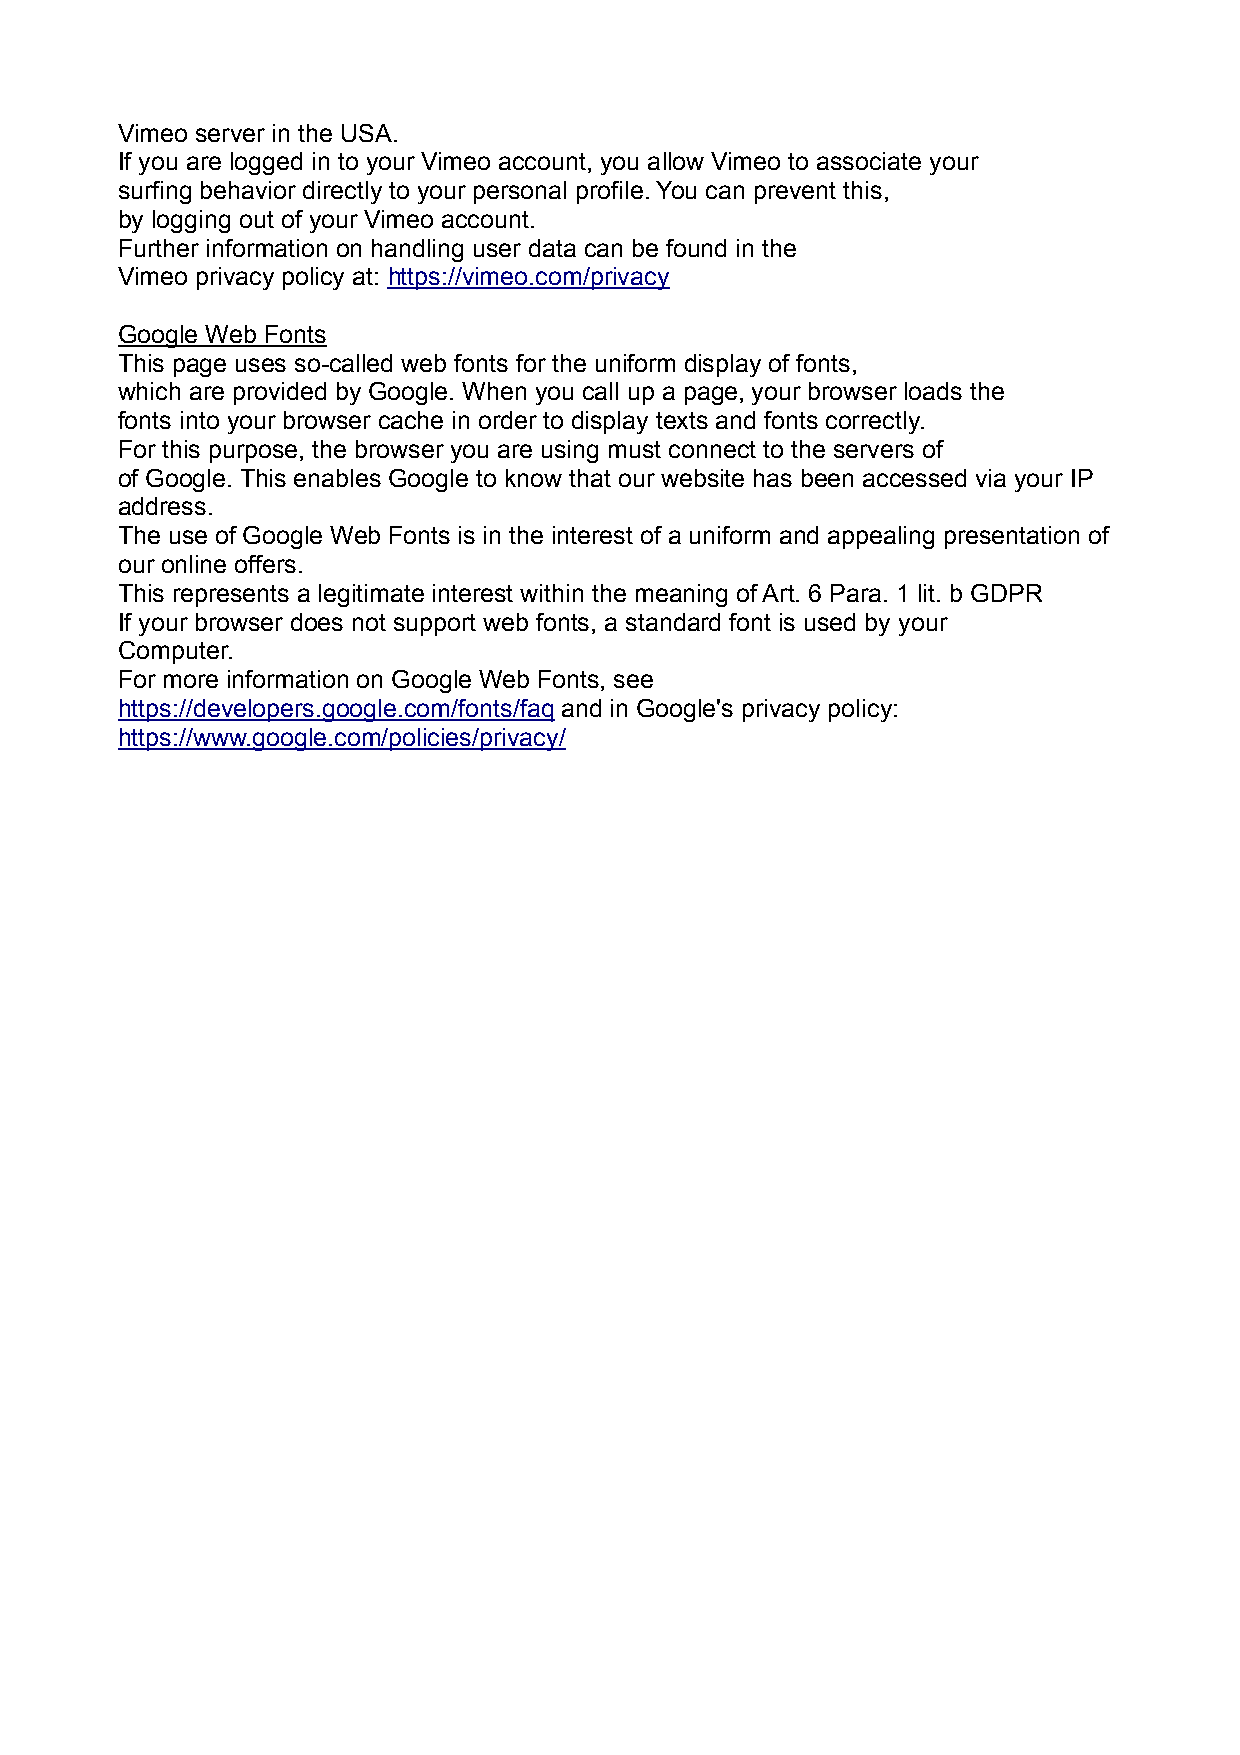
Vimeo server in the USA.
 If you are logged in to your Vimeo account, you allow Vimeo to associate your
 surfing behavior directly to your personal profile. You can prevent this,
 by logging out of your Vimeo account.
 Further information on handling user data can be found in the
 Vimeo privacy policy at: https://vimeo.com/privacy
 Google Web Fonts
 This page uses so-called web fonts for the uniform display of fonts,
 which are provided by Google. When you call up a page, your browser loads the
 fonts into your browser cache in order to display texts and fonts correctly.
 For this purpose, the browser you are using must connect to the servers of
 of Google. This enables Google to know that our website has been accessed via your IP
 address.
 The use of Google Web Fonts is in the interest of a uniform and appealing presentation of
 our online offers.
 This represents a legitimate interest within the meaning of Art. 6 Para. 1 lit. b GDPR
 If your browser does not support web fonts, a standard font is used by your
 Computer.
 For more information on Google Web Fonts, see
 https://developers.google.com/fonts/faq and in Google's privacy policy:
 https://www.google.com/policies/privacy/